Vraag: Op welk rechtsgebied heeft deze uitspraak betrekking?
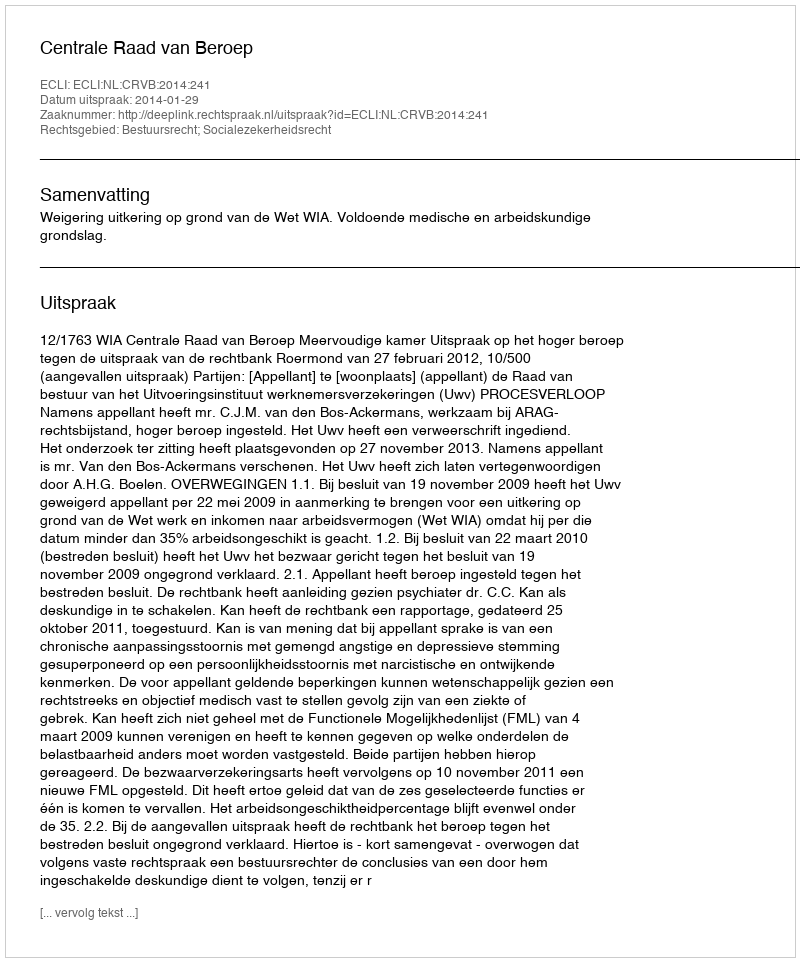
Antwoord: Bestuursrecht; Socialezekerheidsrecht